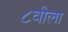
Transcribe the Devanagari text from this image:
८वीला